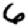
Digit: 6